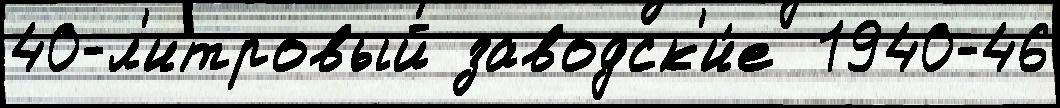
40-л'итровый заводск'и́е  1940-46